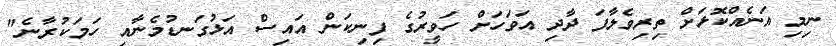
ނިމި އަނެއްކޮޅަށް ތިރިވެލާފަ ދާދި އަވަހަށް ހަވީރުގެ ފިނިކަން އައިސް އަޅުގަނޑުމެނާއި ހަމަކުރާނެ"